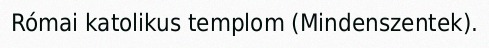
Római katolikus templom (Mindenszentek).